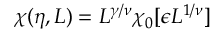
\chi ( \eta , L ) = L ^ { \gamma / \nu } \chi _ { 0 } [ \epsilon L ^ { 1 / \nu } ]